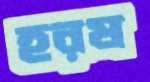
হরষ